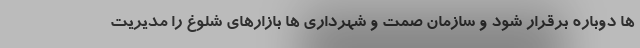
ها دوباره برقرار شود و سازمان صمت و شهرداری ها بازارهای شلوغ را مدیریت